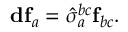
\mathbf { d f } _ { a } = \hat { \sigma } _ { a } ^ { b c } \mathbf { f } _ { b c } .